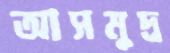
আসমুদ্র